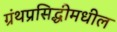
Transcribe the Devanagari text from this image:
ग्रंथप्रसिद्धीमधील